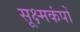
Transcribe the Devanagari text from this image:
सूक्ष्मकंपों